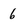
Character: 6